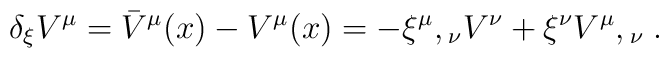
\delta _{\xi }V^{\mu }={\bar{V}}^{\mu }(x)-V^{\mu }(x)=-{\xi ^{\mu }},{}_{\nu }V^{\nu }+\xi ^{\nu }{V^{\mu }},{}_{\nu }\; .